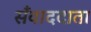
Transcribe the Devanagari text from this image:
सँवाददाता